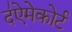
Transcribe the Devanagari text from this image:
द॑ऐमेकोर्ट